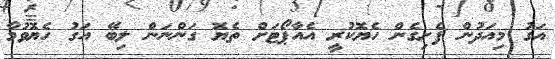
އަގު މިއަދުން ފެށިގެން ހެޔޮކުރީ އެއާޕޯޓަށް ތެޔޮ ގަންނަން ލިބޭ އަގު ހެޔޮވުމާ